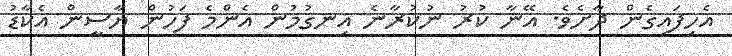
އެހިފައިގެން ދާށެވެ. އޭނާ ކުރު ނުކުރާނެ އިނގުމުން އެންމެ ފަހުން ޔާސީން އެކާޑު